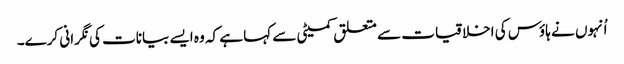
اُنہوں نے ہاؤس کی اخلاقیات سے متعلق کمیٹی سے کہا ہے کہ وہ ایسے بیانات کی نگرانی کرے۔